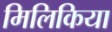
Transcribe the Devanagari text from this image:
मिलिकिया